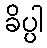
ခိပ္ပါ